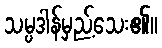
သမ္ပဒါန်မှည့်သေး၏။